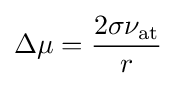
\Delta \mu ={\frac {2\sigma \nu _{\mathrm {at} }}{r}}